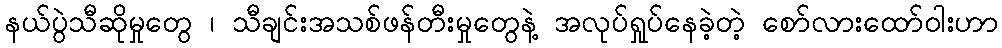
နယ်ပွဲသီဆိုမှုတွေ ၊ သီချင်းအသစ်ဖန်တီးမှုတွေနဲ့ အလုပ်ရှုပ်နေခဲ့တဲ့ စော်လားထော်ဝါးဟာ